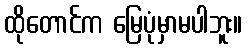
ထိုတောင်က မြေပုံမှာမပါဘူး။